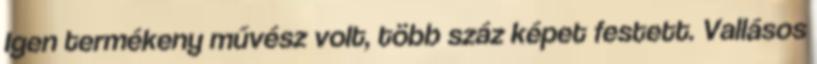
Igen termékeny művész volt, több száz képet festett. Vallásos